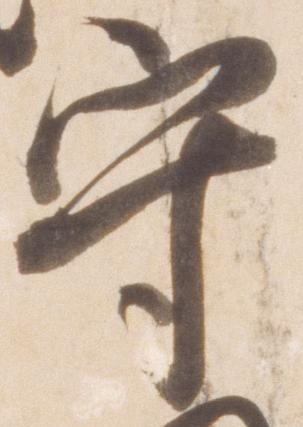
守